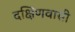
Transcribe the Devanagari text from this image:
दक्षिणवासी